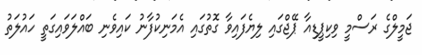
ޖަމީލްގެ ރަސްމީ ވިކިޕީޑިއާ ޕޭޖްގައި ލިޔެފައިވާ ގޮތުގައި އެމަނިކުފާނު ކައިވެނި ބައްލަވައިގަތީ ހައުލަތު